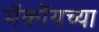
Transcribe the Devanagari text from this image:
मॅकॉयच्या